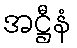
အဋ္ဌီနံ